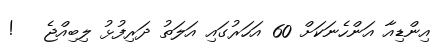
އިންޑިއާ އަންހެނަކަށް 60 އަހަރުގައި އަލަތު ދަރިފުޅު ލިބިއްޖެ   !